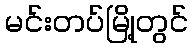
မင်းတပ်မြို့တွင်